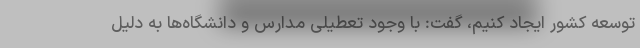
توسعه کشور ایجاد کنیم، گفت: با وجود تعطیلی مدارس و دانشگاه‌ها به دلیل